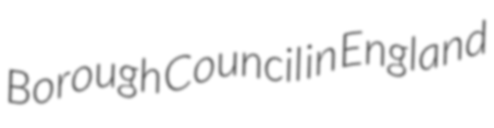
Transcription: Borough Council in England